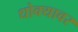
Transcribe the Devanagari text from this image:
धोक्यावर